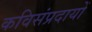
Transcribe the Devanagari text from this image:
कविसंप्रदायों